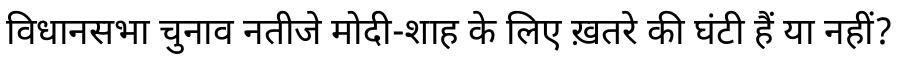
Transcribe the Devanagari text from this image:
विधानसभा चुनाव नतीजे मोदी-शाह के लिए ख़तरे की घंटी हैं या नहीं?